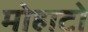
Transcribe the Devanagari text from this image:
मोहाटो